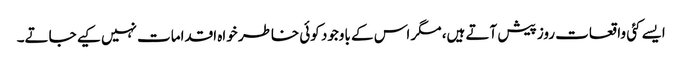
ایسے کئی واقعات روز پیش آتے ہیں، مگر اس کے باوجود کوئی خاطر خواہ اقدامات نہیں کیے جاتے۔